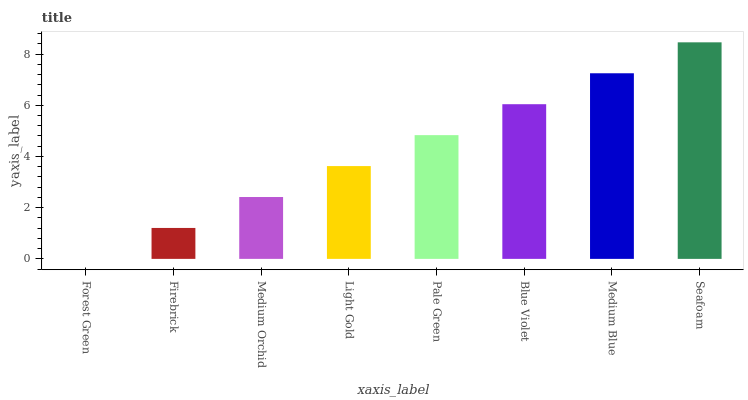
| xaxis_label | bars |
 | --- | --- |
 | Forest Green | 0 |
 | Firebrick | 1.21 |
 | Medium Orchid | 2.42 |
 | Light Gold | 3.62 |
 | Pale Green | 4.83 |
 | Blue Violet | 6.04 |
 | Medium Blue | 7.25 |
 | Seafoam | 8.46 |